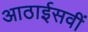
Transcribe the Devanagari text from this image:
आठाईसवीं